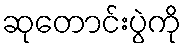
ဆုတောင်းပွဲကို